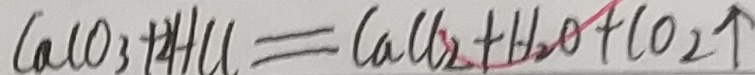
C a C O _ { 3 } + 2 H C l = C a C l _ { 2 } + H _ { 2 } O + C O _ { 2 } \uparrow